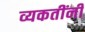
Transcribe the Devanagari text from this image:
व्यकतींनी